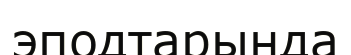
эподтарында